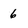
Character: 6